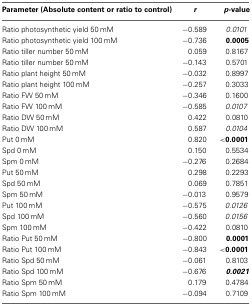
<table><thead><tr><td><b>Parameter (Absolute content or ratio to control)</b></td><td><b><i>r</i></b></td><td><b><i>p</i>-value</b></td></tr></thead><tbody><tr><td>Ratio photosynthetic yield 50 mM</td><td>−0.589</td><td><i>0.0101</i></td></tr><tr><td>Ratio photosynthetic yield 100 mM</td><td>−0.736</td><td><b>0.0005</b></td></tr><tr><td>Ratio tiller number 50 mM</td><td>0.059</td><td>0.8167</td></tr><tr><td>Ratio tiller number 50 mM</td><td>−0.143</td><td>0.5701</td></tr><tr><td>Ratio plant height 50 mM</td><td>−0.032</td><td>0.8997</td></tr><tr><td>Ratio plant height 100 mM</td><td>−0.257</td><td>0.3033</td></tr><tr><td>Ratio FW 50 mM</td><td>−0.346</td><td>0.1600</td></tr><tr><td>Ratio FW 100 mM</td><td>−0.585</td><td><i>0.0107</i></td></tr><tr><td>Ratio DW 50 mM</td><td>0.422</td><td>0.0810</td></tr><tr><td>Ratio DW 100 mM</td><td>0.587</td><td><i>0.0104</i></td></tr><tr><td>Put 0 mM</td><td>0.820</td><td><b>&lt;0.0001</b></td></tr><tr><td>Spd 0 mM</td><td>0.150</td><td>0.5534</td></tr><tr><td>Spm 0 mM</td><td>−0.276</td><td>0.2684</td></tr><tr><td>Put 50 mM</td><td>0.298</td><td>0.2293</td></tr><tr><td>Spd 50 mM</td><td>0.069</td><td>0.7851</td></tr><tr><td>Spm 50 mM</td><td>−0.013</td><td>0.9579</td></tr><tr><td>Put 100 mM</td><td>−0.575</td><td><i>0.0126</i></td></tr><tr><td>Spd 100 mM</td><td>−0.560</td><td><i>0.0156</i></td></tr><tr><td>Spm 100 mM</td><td>−0.422</td><td>0.0810</td></tr><tr><td>Ratio Put 50 mM</td><td>−0.800</td><td><b>0.0001</b></td></tr><tr><td>Ratio Put 100 mM</td><td>−0.843</td><td><b>&lt;0.0001</b></td></tr><tr><td>Ratio Spd 50 mM</td><td>−0.061</td><td>0.8103</td></tr><tr><td>Ratio Spd 100 mM</td><td>−0.676</td><td><b><i>0.0021</i></b></td></tr><tr><td>Ratio Spm 50 mM</td><td>0.179</td><td>0.4784</td></tr><tr><td>Ratio Spm 100 mM</td><td>−0.094</td><td>0.7109</td></tr></tbody></table>